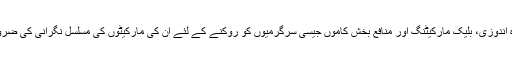
لہذا ذخیرہ اندوزی، بلیک مارکیٹنگ اور منافع بخش کاموں جیسی سرگرمیوں کو روکنے کے لئے ان کی مارکیٹوں کی مسلسل نگرانی کی ضرورت ہے۔